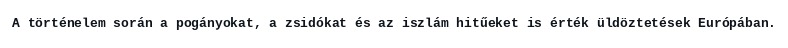
A történelem során a pogányokat, a zsidókat és az iszlám hitűeket is érték üldöztetések Európában.